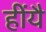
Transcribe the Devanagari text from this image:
हींयै